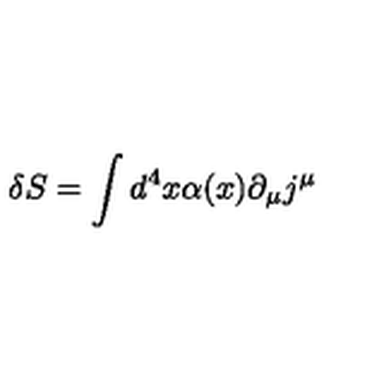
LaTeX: \delta S = \int d ^ { 4 } x \alpha ( x ) \partial _ { \mu } j ^ { \mu }